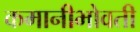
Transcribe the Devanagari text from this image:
कमानीभोवती